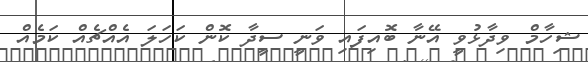
ޝިހާމް ވިދާޅުވީ އޭނާ ބޮއިފައި ވަނީ ސީދާ ކޮން ކަހަލަ އެއްޗެއް ކަމެއް